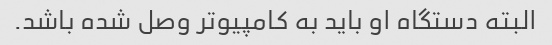
البته دستگاه او باید به کامپیوتر وصل شده باشد.